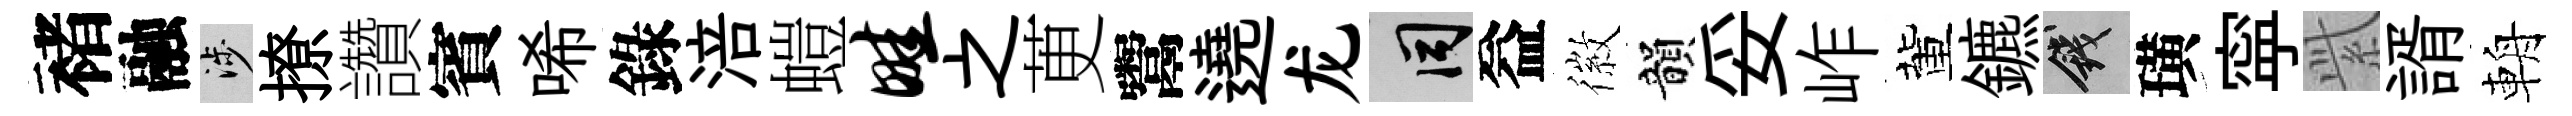
褚融涉撩讚賓唏錄涪螘畦之茰鬻遶龙间益徽韻妥岞董鑣錢璜寜𬗋諝輈